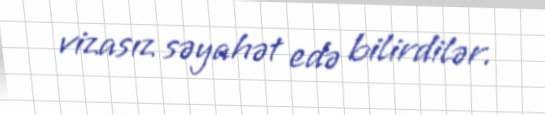
vizasız səyahət edə bilirdilər.